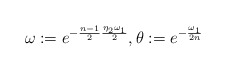
\begin{align*}\omega:=e^{-\frac{n-1}{2}\frac{\eta_2 \omega_1}{2}}, \theta:=e^{-\frac{\omega_1}{2n}}\end{align*}